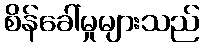
စိန်ခေါ်မှုများသည်